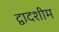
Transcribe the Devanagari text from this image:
द्वादशीम